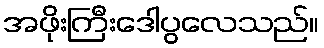
အဖိုးကြီးဒေါပွလေသည်။